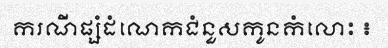
ករណីផ្សំដំណេកជំនួសកូនកំលោះ ៖